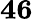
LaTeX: \mathbf{46}